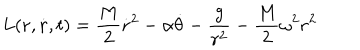
L ( { \bf r } , \dot { \bf r } , t ) = \frac { M } { 2 } \dot { \bf r } ^ { 2 } - \alpha \dot { \theta } - \frac { g } { r ^ { 2 } } - \frac { M } { 2 } \omega ^ { 2 } { \bf r } ^ { 2 }